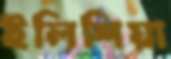
ইলিশিয়া